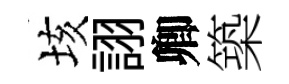
垓詡卿築